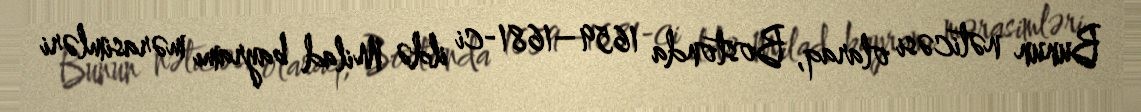
Bunun nəticəsi olaraq, Bostonda 1659–1681-ci ildə Milad bayramı mərasimləri